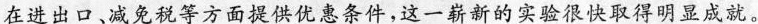
在进出口、减免税等方面提供优惠条件，这一崭新的实验很快取得明显成就。